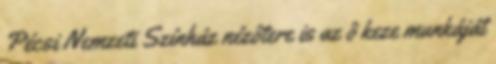
Pécsi Nemzeti Színház nézôtere is az ô keze munkáját